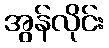
အွန်လိုင်း